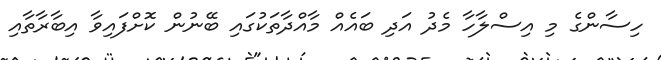
ހިސާންގެ މި އިސްލާހާ މެދު އަދި ބައެއް މާއްދާތަކުގައި ބޭނުން ކޮށްފައިވާ އިބާރާތާއި